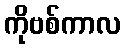
ကိုဗစ်ကာလ